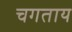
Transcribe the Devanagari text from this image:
चगताय